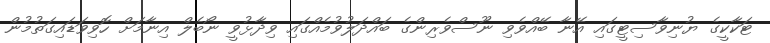
ޓަކާކީގެ ޔުނިވާސިޓީގައި އޭނާ ބޭއްވެވި ނޫސްވެރިންގެ ބައްދަލުވުމެއްގައި ވިދާޅުވީ ނޯބެލް އިނާމަށް ހޮވިވަޑައިގަތުމުން